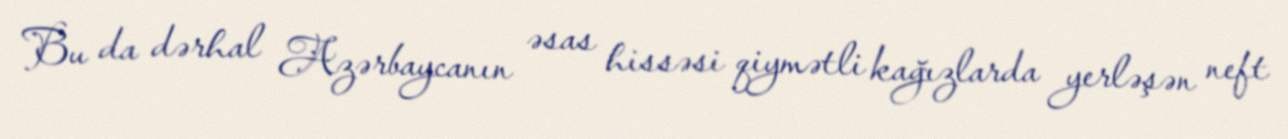
Bu da dərhal Azərbaycanın əsas hissəsi qiymətli kağızlarda yerləşən neft